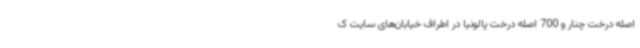
اصله درخت چنار و 700 اصله درخت پالونیا در اطراف خیابان‌های سایت ک